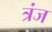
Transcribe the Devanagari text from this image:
त्रंज